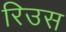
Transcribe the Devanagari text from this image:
रिउस